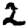
Digit: 2